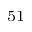
_ { 5 1 }